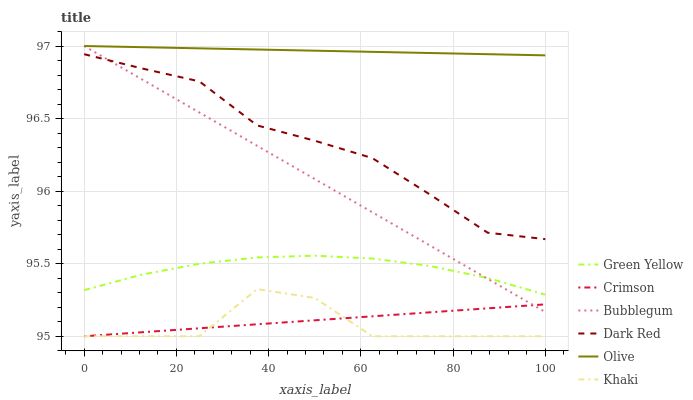
| xaxis_label | Green Yellow | Crimson | Bubblegum | Dark Red | Olive | Khaki |
 | --- | --- | --- | --- | --- | --- | --- |
 | 0 | 95.3 | 95 | 97 | 96.9 | 97 | 95 |
 | 12.5 | 95.4 | 95 | 96.8 | 96.8 | 97 | 95 |
 | 25 | 95.5 | 95.1 | 96.5 | 96.8 | 97 | 95 |
 | 37.5 | 95.5 | 95.1 | 96.3 | 96.5 | 97 | 95.3 |
 | 50 | 95.6 | 95.1 | 96.1 | 96.3 | 97 | 95.3 |
 | 62.5 | 95.5 | 95.1 | 95.9 | 96.2 | 97 | 95 |
 | 75 | 95.5 | 95.2 | 95.6 | 96 | 97 | 95 |
 | 87.5 | 95.4 | 95.2 | 95.4 | 95.7 | 96.9 | 95 |
 | 100 | 95.3 | 95.2 | 95.2 | 95.7 | 96.9 | 95 |